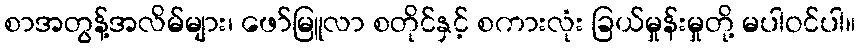
စာအတွန့်အလိမ်များ၊ ဖော်မြူလာ စတိုင်နှင့် စကားလုံး ခြယ်မှုန်းမှုတို့ မပါဝင်ပါ။